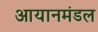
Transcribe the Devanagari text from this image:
आयानमंडल